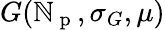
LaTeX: G(\mathbb{N}_{\mathrm{{~p~}}},\sigma_{G},\mu)